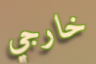
خارجي